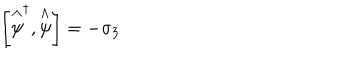
\left[ \stackrel { \wedge } { \psi } ^ { \dagger } , \stackrel { \wedge } { \psi } \right] = - \sigma _ { 3 }